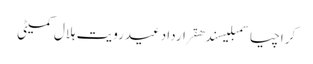
کراچیاسمبلیسندھقراردادعیدرویت ہلال کمیٹی